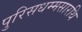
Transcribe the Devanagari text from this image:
पुरिसधम्मसारथि